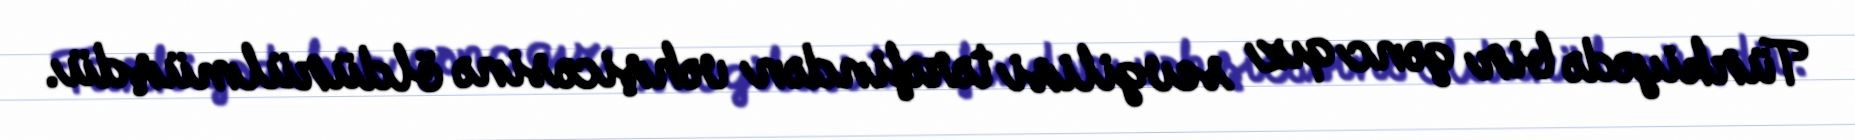
Türkiyədə bir gənc qız sevgilisi tərəfindən vəhşicəsinə öldürülmüşdü.